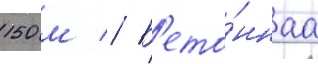
150 м // Б'ето́ннаа